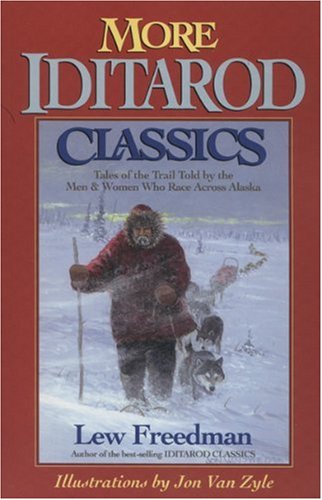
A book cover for More Iditarod Classics: Tales of the Trail from the Men & Women Who Race Across Alaska; Lew Freedman; Sports & Outdoors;